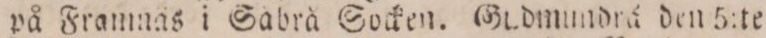
på Framnäs i Sabrå Socken. Gudmundrå den 5:te